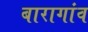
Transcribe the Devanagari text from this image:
बारागांव